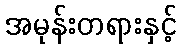
အမုန်းတရားနှင့်